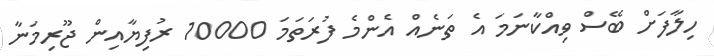
ހިލާފަށް ބޭސް ވިއްކާނަމަ އެ ތަނެއް އެންމެ ފުރަތަމަ 10000 ރުފިޔާއިން ޖޫރިމަނާ